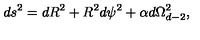
d s ^ { 2 } = d R ^ { 2 } + R ^ { 2 } d \psi ^ { 2 } + \alpha d \Omega _ { d - 2 } ^ { 2 } ,